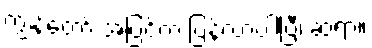
ကျွန်တော် အပြင်က ပြန်လာပါပြီ၊ ဆရာ။